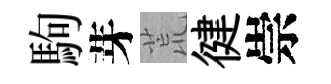
駒芽荒徤崇